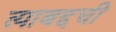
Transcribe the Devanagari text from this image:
त्याबद्दची